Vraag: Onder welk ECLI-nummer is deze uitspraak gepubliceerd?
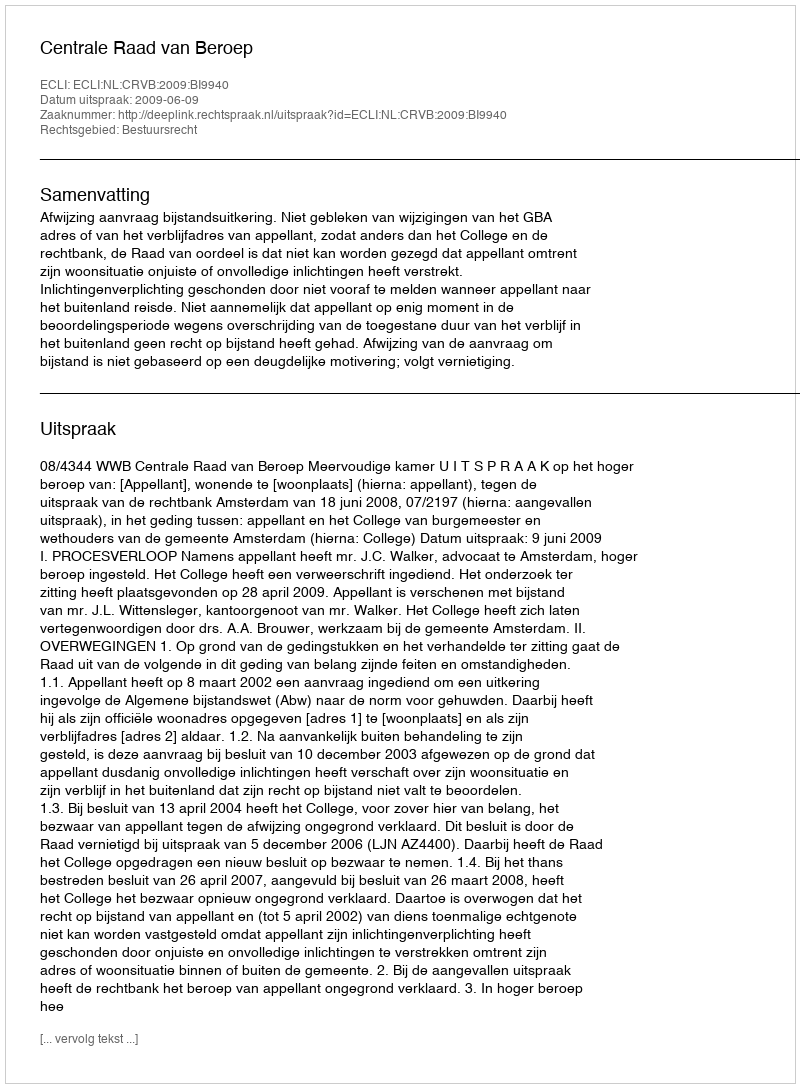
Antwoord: ECLI:NL:CRVB:2009:BI9940